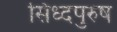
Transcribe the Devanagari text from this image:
सिध्दपुरुष